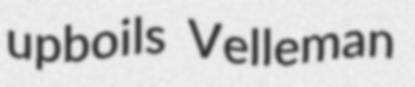
upboils Velleman